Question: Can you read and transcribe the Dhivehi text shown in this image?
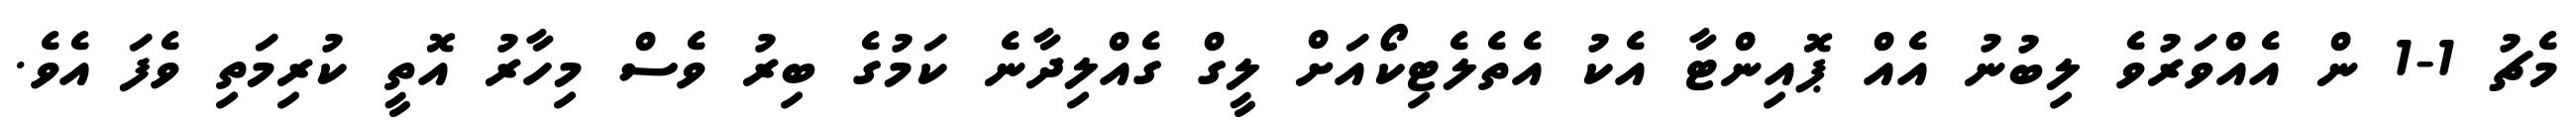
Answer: މެޗު 1-1 ން އެއްވަރުވެ ލިބުނު އެއް ޕޮއިންޓާ އެކު އެތެލެޓިކޯއަށް ލީގް ގެއްލިދާނެ ކަމުގެ ބިރު ވެސް މިހާރު އޮތީ ކުރިމަތި ވެފަ އެވެ.